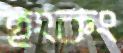
হংকং